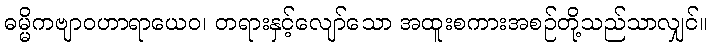
ဓမ္မိကဗျာဝဟာရာယေဝ၊ တရားနှင့်လျော်သော အထူးစကားအစဉ်တို့သည်သာလျှင်။